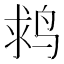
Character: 𪉌